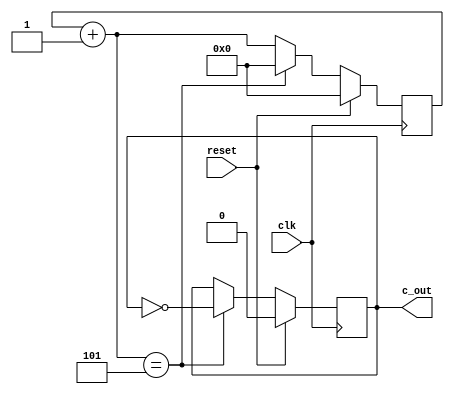
module counter_10bit (reset, clk, c_out);

input reset, clk;
output c_out;

reg [3:0]count = 4'b0000;
reg q = 1'b0;
assign c_out = q;

always@(posedge clk) begin
    if(reset) begin
        count <= 4'b0000;
        q <= 1'b0;
        end
    else begin
        count = count + 1;
        if(count == 4'b0101) begin
            q <= ~q;
            count <= 4'b0000;
        end
    end
end

endmodule